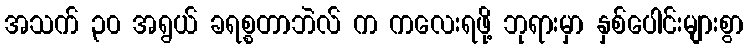
အသက် ၃၀ အရွယ် ခရစ္စတာဘဲလ် က ကလေးရဖို့ ဘုရားမှာ နှစ်ပေါင်းများစွာ